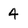
Character: 4